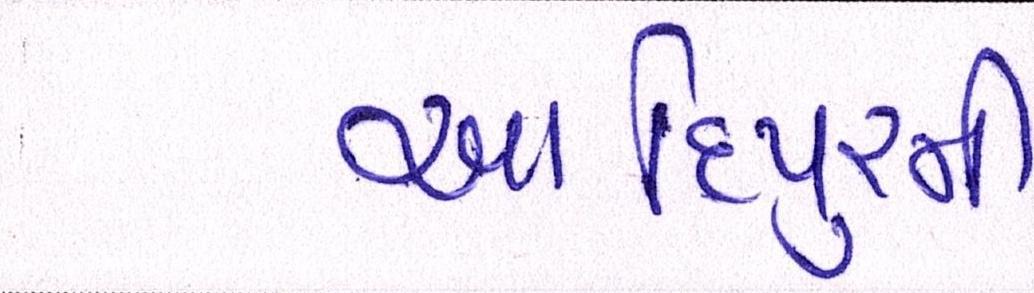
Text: આદિપુરની